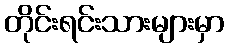
တိုင်းရင်းသားများမှာ